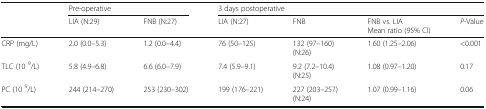
| <ROWSPAN=2>  | <COLSPAN=2> Pre-operative | <COLSPAN=4> 3 days postoperative |
 | LIA (N:29) | FNB (N:27) | LIA (N:27) | FNB | FNB vs. LIAMean ratio (95% CI) | P-Value |
 | --- | --- | --- | --- | --- | --- | --- |
 | CRP (mg/L) | 2.0 (0.0–5.3) | 1.2 (0.0–4.4) | 76 (50–125) | 132 (97–160)(N:26) | 1.60 (1.25–2.06) | <0.001 |
 | TLC (10 9/L) | 5.8 (4.9–6.8) | 6.6 (6.0–7.9) | 7.4 (5.9–9.1) | 9.2 (7.2–10.4)(N:25) | 1.08 (0.97–1.20) | 0.17 |
 | PC (10 9/L) | 244 (214–270) | 253 (230–302) | 199 (176–221) | 227 (203–257)(N:24) | 1.07 (0.99–1.16) | 0.06 |